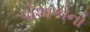
પોશાકોનો